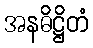
အနဓိဋ္ဌိတံ